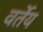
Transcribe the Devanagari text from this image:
वर्तेय